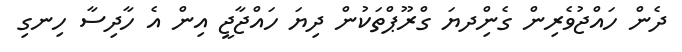
ދެން ހައްޖުވެރިން ގެންިދޔަ ގްރޫޕްތަކުން ދިޔަ ހައްޖާޖީ އިން އެ ހާދިސާ ހިނގި